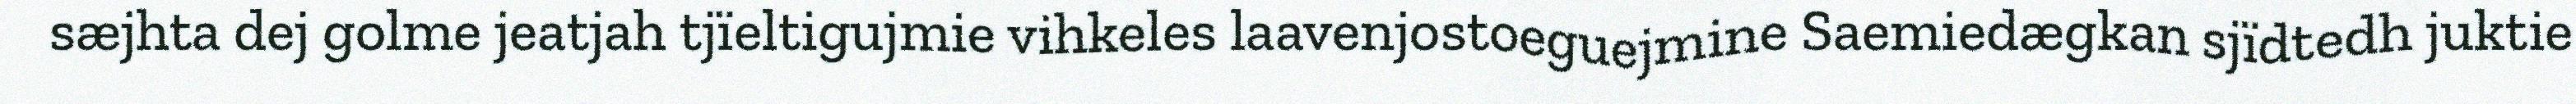
sæjhta dej golme jeatjah tjïeltigujmie vihkeles laavenjostoeguejmine Saemiedægkan sjïdtedh juktie